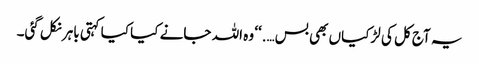
یہ آج کل کی لڑکیاں بھی بس….‘‘ وہ اللہ جانے کیا کیا کہتی باہر نکل گئی۔